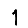
Digit: 1